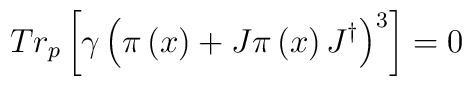
Tr_p\left[ \gamma \left( \pi \left( x\right) +J\pi \left( x\right)J^{\dagger }\right) ^3\right] =0